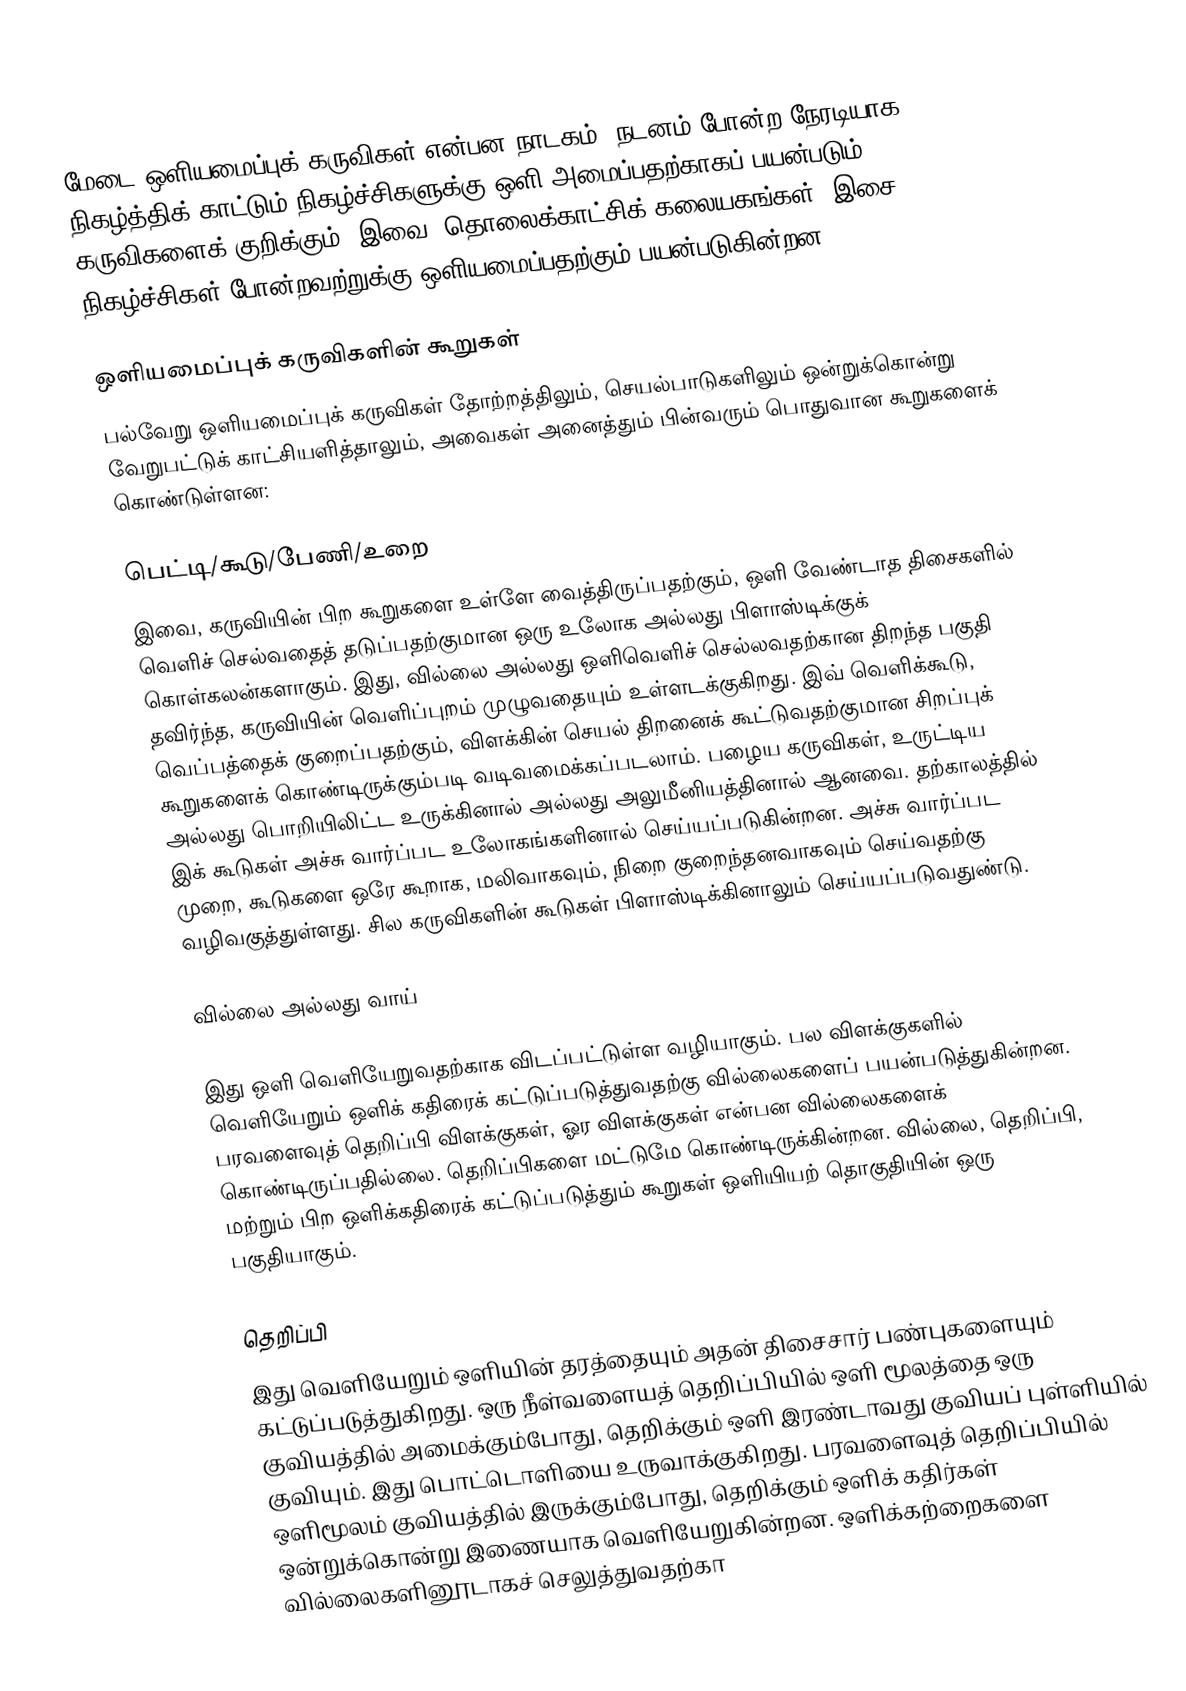
மேடை ஒளியமைப்புக் கருவிகள் என்பன நாடகம், நடனம் போன்ற நேரடியாக நிகழ்த்திக் காட்டும் நிகழ்ச்சிகளுக்கு ஒளி அமைப்பதற்காகப் பயன்படும் கருவிகளைக் குறிக்கும். இவை, தொலைக்காட்சிக் கலையகங்கள், இசை நிகழ்ச்சிகள் போன்றவற்றுக்கு ஒளியமைப்பதற்கும் பயன்படுகின்றன.

ஒளியமைப்புக் கருவிகளின் கூறுகள்
பல்வேறு ஒளியமைப்புக் கருவிகள் தோற்றத்திலும், செயல்பாடுகளிலும் ஒன்றுக்கொன்று வேறுபட்டுக் காட்சியளித்தாலும், அவைகள் அனைத்தும் பின்வரும் பொதுவான கூறுகளைக் கொண்டுள்ளன:

பெட்டி/கூடு/பேணி/உறை
இவை, கருவியின் பிற கூறுகளை உள்ளே வைத்திருப்பதற்கும், ஒளி வேண்டாத திசைகளில் வெளிச் செல்வதைத் தடுப்பதற்குமான ஒரு உலோக அல்லது பிளாஸ்டிக்குக் கொள்கலன்களாகும். இது, வில்லை அல்லது ஒளிவெளிச் செல்லவதற்கான திறந்த பகுதி தவிர்ந்த, கருவியின் வெளிப்புறம் முழுவதையும் உள்ளடக்குகிறது. இவ் வெளிக்கூடு, வெப்பத்தைக் குறைப்பதற்கும், விளக்கின் செயல் திறனைக் கூட்டுவதற்குமான சிறப்புக் கூறுகளைக் கொண்டிருக்கும்படி வடிவமைக்கப்படலாம். பழைய கருவிகள், உருட்டிய அல்லது பொறியிலிட்ட உருக்கினால் அல்லது அலுமீனியத்தினால் ஆனவை. தற்காலத்தில் இக் கூடுகள் அச்சு வார்ப்பட உலோகங்களினால் செய்யப்படுகின்றன. அச்சு வார்ப்பட முறை, கூடுகளை ஒரே கூறாக, மலிவாகவும், நிறை குறைந்தனவாகவும் செய்வதற்கு வழிவகுத்துள்ளது. சில கருவிகளின் கூடுகள் பிளாஸ்டிக்கினாலும் செய்யப்படுவதுண்டு.

வில்லை அல்லது வாய்

இது ஒளி வெளியேறுவதற்காக விடப்பட்டுள்ள வழியாகும். பல விளக்குகளில் வெளியேறும் ஒளிக் கதிரைக் கட்டுப்படுத்துவதற்கு வில்லைகளைப் பயன்படுத்துகின்றன. பரவளைவுத் தெறிப்பி விளக்குகள், ஓர விளக்குகள் என்பன வில்லைகளைக் கொண்டிருப்பதில்லை. தெறிப்பிகளை மட்டுமே கொண்டிருக்கின்றன. வில்லை, தெறிப்பி, மற்றும் பிற ஒளிக்கதிரைக் கட்டுப்படுத்தும் கூறுகள் ஒளியியற் தொகுதியின் ஒரு பகுதியாகும்.

தெறிப்பி
இது வெளியேறும் ஒளியின் தரத்தையும் அதன் திசைசார் பண்புகளையும் கட்டுப்படுத்துகிறது. ஒரு நீள்வளையத் தெறிப்பியில் ஒளி மூலத்தை ஒரு குவியத்தில் அமைக்கும்போது, தெறிக்கும் ஒளி இரண்டாவது குவியப் புள்ளியில் குவியும். இது பொட்டொளியை உருவாக்குகிறது. பரவளைவுத் தெறிப்பியில் ஒளிமூலம் குவியத்தில் இருக்கும்போது, தெறிக்கும் ஒளிக் கதிர்கள் ஒன்றுக்கொன்று இணையாக வெளியேறுகின்றன. ஒளிக்கற்றைகளை வில்லைகளினூடாகச் செலுத்துவதற்கா